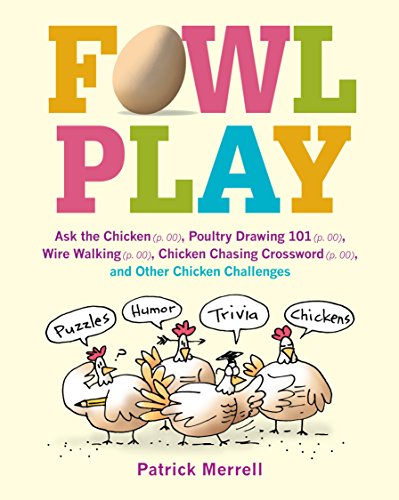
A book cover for Fowl Play: Ask the Chicken (page 7) Road Crossing (page 71) Feather Plucking (page 78) Hunt and Peck (page 94) and Other Chicken Challenges; Patrick Merrell; Humor & Entertainment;